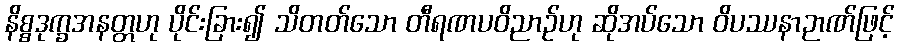
နိစ္စဒုက္ခအနတ္တဟု ပိုင်းခြား၍ သိတတ်သော တီရဏပဝိညာဉ်ဟု ဆိုအပ်သော ဝိပဿနာဉာဏ်ဖြင့်